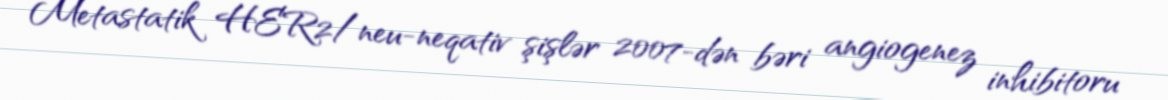
Metastatik HER2/neu-neqativ şişlər 2007-dən bəri angiogenez inhibitoru